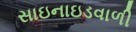
સાઇનાઇડવાળી